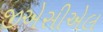
જીએસીએલ